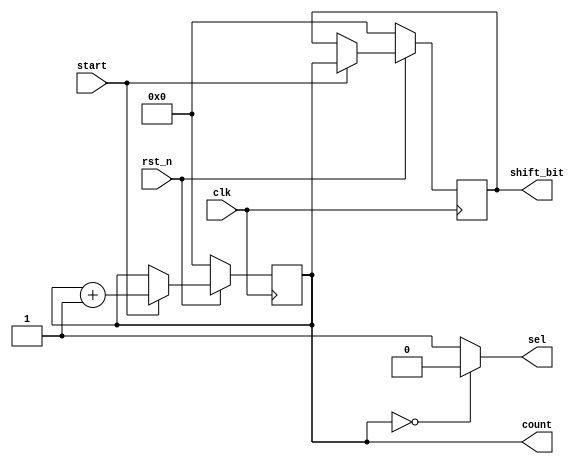
// -----------------------------------------------------------------------
// EDABK       401 C9 Building, Hanoi University of Science and Technology
//             No 1, Dai Co Viet Street, Hai Ba Trung Dist., Hanoi
// -----------------------------------------------------------------------
// Project     : Singular Value Decomposition

module control
#(
	parameter 	WIDTH=24,
	parameter	WIDTH_SHIFT_BIT= 4
)
(
	input 		rst_n,
	input 		clk,
	input			start,	// cho phep bat dau dem
	output 		sel,
	output reg	[WIDTH_SHIFT_BIT-1:0]	shift_bit,count
);

//reg	counter;
always @(posedge clk) begin
	if(!rst_n) begin
		count	<=	4'b0000;
		shift_bit<=4'b0000;
	end
	else begin
		if(start) begin
		//	count	<=	4'b0000;
		//	shift_bit<=4'b0000;
		//end
		//else begin
			count<=count+4'b1;
			shift_bit<=count;
		end
	end
end

assign sel=(count==4'b0000)?1'b0:1'b1;
endmodule